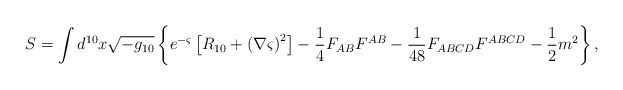
\begin{align*}S=\int d^{10} x \sqrt{-g_{10}} \left\{ e^{-\varsigma} \left[ R_{10} +\left( \nabla \varsigma \right)^2 \right] -\frac{1}{4} F_{AB}F^{AB} - \frac{1}{48} F_{ABCD}F^{ABCD} -\frac{1}{2} m^2 \right\} ,\end{align*}